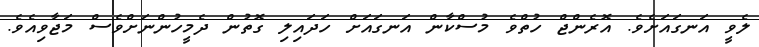
ލެވީ އަނގައަށެވެ. އޮރެންޖް ހުތްވެ މުސްކާން އަނގައަށް ހަދައިލި ގޮތުން ދެމީހުންނަށްވެސް މަޖާވިއެވެ.